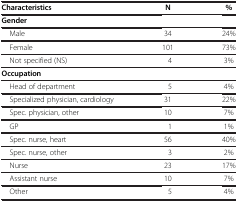
<table><thead><tr><td><b>Characteristics</b></td><td><b>N</b></td><td><b>%</b></td></tr></thead><tbody><tr><td><b>Gender</b></td><td> </td><td> </td></tr><tr><td> Male</td><td>34</td><td>24%</td></tr><tr><td> Female</td><td>101</td><td>73%</td></tr><tr><td> Not specified (NS)</td><td>4</td><td>3%</td></tr><tr><td><b>Occupation</b></td><td> </td><td> </td></tr><tr><td> Head of department</td><td>5</td><td>4%</td></tr><tr><td> Specialized physician, cardiology</td><td>31</td><td>22%</td></tr><tr><td> Spec. physician, other</td><td>10</td><td>7%</td></tr><tr><td> GP</td><td>1</td><td>1%</td></tr><tr><td> Spec. nurse, heart</td><td>56</td><td>40%</td></tr><tr><td> Spec. nurse, other</td><td>3</td><td>2%</td></tr><tr><td> Nurse</td><td>23</td><td>17%</td></tr><tr><td> Assistant nurse</td><td>10</td><td>7%</td></tr><tr><td> Other</td><td>5</td><td>4%</td></tr></tbody></table>